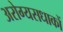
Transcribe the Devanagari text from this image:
अरोग्यसधाकों